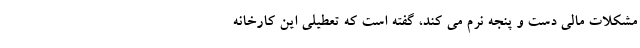
مشکلات مالی دست و پنجه نرم می کند، گفته است که تعطیلی این کارخانه